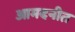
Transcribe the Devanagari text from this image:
आमदनीत